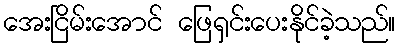
အေးငြိမ်းအောင် ဖြေရှင်းပေးနိုင်ခဲ့သည်။